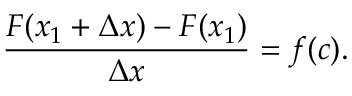
{ \frac { F ( x _ { 1 } + \Delta x ) - F ( x _ { 1 } ) } { \Delta x } } = f ( c ) .